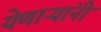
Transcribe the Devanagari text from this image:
येणाऱ्यांनी